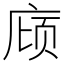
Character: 庼